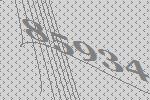
85934